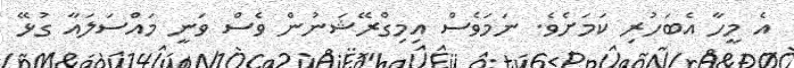
އެ މީހާ އެބަހުރި ކަމަށެވެ. ނަމަވެސް އިމިގްރޭޝަނުން ވެސް ވަނީ މައްސަލައާ ގުޅޭ